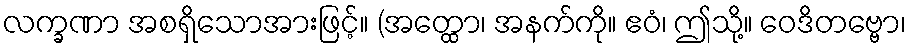
လက္ခဏာ အစရှိသောအားဖြင့်။ (အတ္ထော၊ အနက်ကို။ ဧဝံ၊ ဤသို့။ ဝေဒိတဗ္ဗော၊